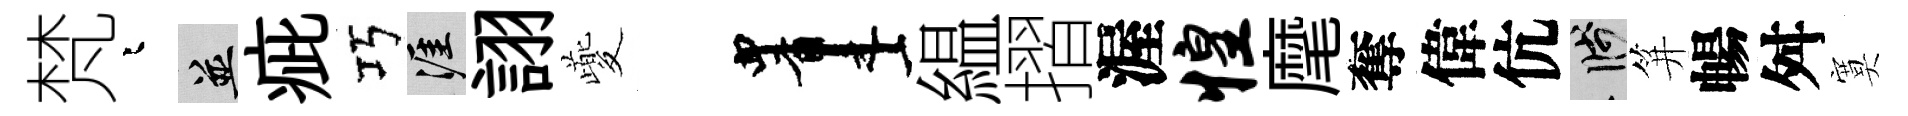
梵迢并疵巧涯詡夔画緼摺渥惶麾奪偉伉箋笄暢舛寞